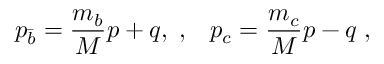
p _ { \bar { b } } = \frac { m _ { b } } { M } p + q , \; , \; \; \; p _ { c } = \frac { m _ { c } } { M } p - q \; ,